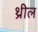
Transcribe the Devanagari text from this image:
थ्रील